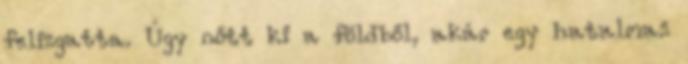
felizgatta. Úgy nőtt ki a földből, akár egy hatalmas